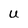
Character: U